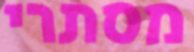
מסתרי